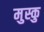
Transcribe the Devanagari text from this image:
मुस्कु